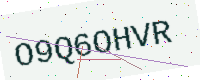
Text: O9Q6OHVR